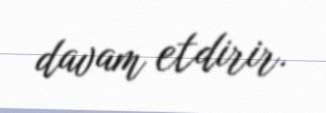
davam etdirir.